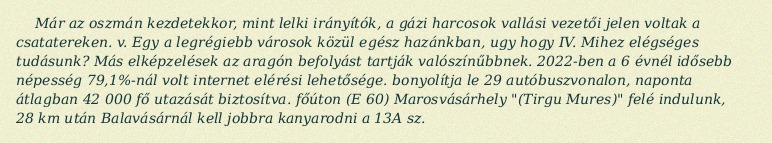
Már az oszmán kezdetekkor, mint lelki irányítók, a gázi harcosok vallási vezetői jelen voltak a csatatereken. v. Egy a legrégiebb városok közül egész hazánkban, ugy hogy IV. Mihez elégséges tudásunk? Más elképzelések az aragón befolyást tartják valószínűbbnek. 2022-ben a 6 évnél idősebb népesség 79,1%-nál volt internet elérési lehetősége. bonyolítja le 29 autóbuszvonalon, naponta átlagban 42 000 fő utazását biztosítva. főúton (E 60) Marosvásárhely "(Tirgu Mures)" felé indulunk, 28 km után Balavásárnál kell jobbra kanyarodni a 13A sz.